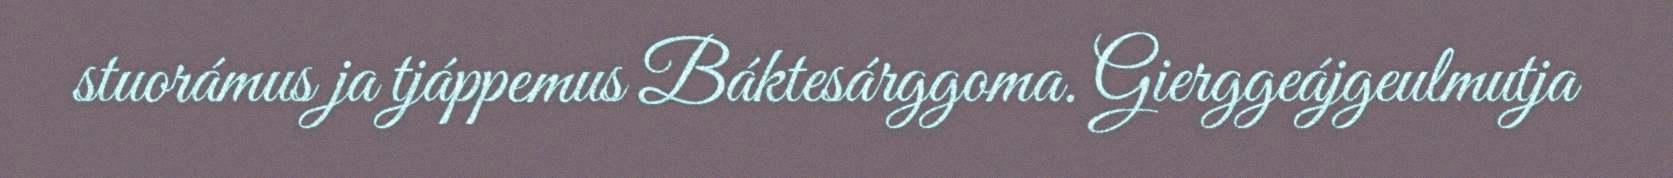
stuorámus ja tjáppemus Báktesárggoma. Gierggeájgeulmutja